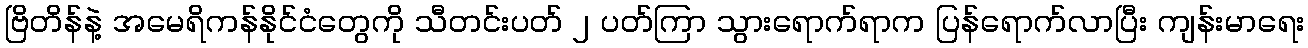
ဗြိတိန်နဲ့ အမေရိကန်နိုင်ငံတွေကို သီတင်းပတ် ၂ ပတ်ကြာ သွားရောက်ရာက ပြန်ရောက်လာပြီး ကျန်းမာရေး